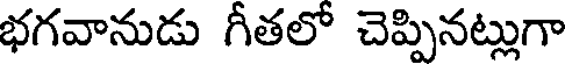
భగవానుడు గీతలో చెప్పినట్లుగా